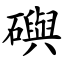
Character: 礖